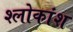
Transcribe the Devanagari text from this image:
श्लोकांश